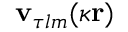
\mathbf { v } _ { \tau l m } ( \kappa \mathbf { r } )